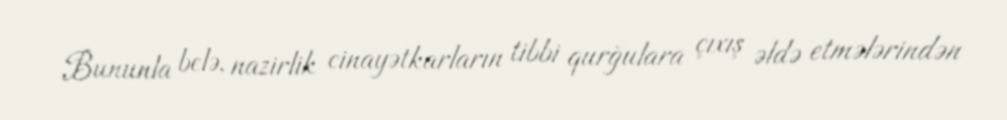
Bununla belə, nazirlik cinayətkarların tibbi qurğulara çıxış əldə etmələrindən